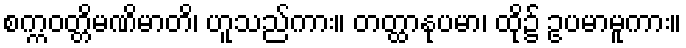
စက္ကဝတ္တိမဏိမာတိ၊ ဟူသည်ကား။ တတ္ထာနုပမာ၊ ထို၌ ဥပမာမူကား။